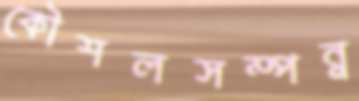
কৌশলসম্পন্ন